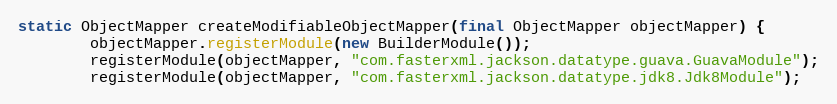
Language: Java
static ObjectMapper createModifiableObjectMapper(final ObjectMapper objectMapper) {
        objectMapper.registerModule(new BuilderModule());
        registerModule(objectMapper, "com.fasterxml.jackson.datatype.guava.GuavaModule");
        registerModule(objectMapper, "com.fasterxml.jackson.datatype.jdk8.Jdk8Module");